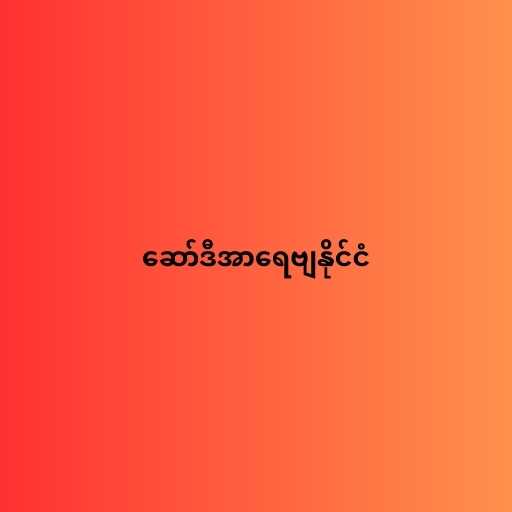
ဆော်ဒီအာရေဗျနိုင်ငံ